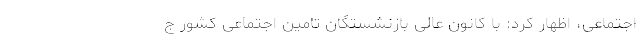
اجتماعی، اظهار کرد: با کانون عالی بازنشستگان تامین اجتماعی کشور ج